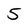
Character: 5